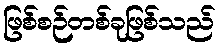
ဖြစ်စဉ်တစ်ခုဖြစ်သည်